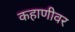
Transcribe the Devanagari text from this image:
कहाणीवर